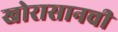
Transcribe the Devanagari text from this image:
खोरासानची